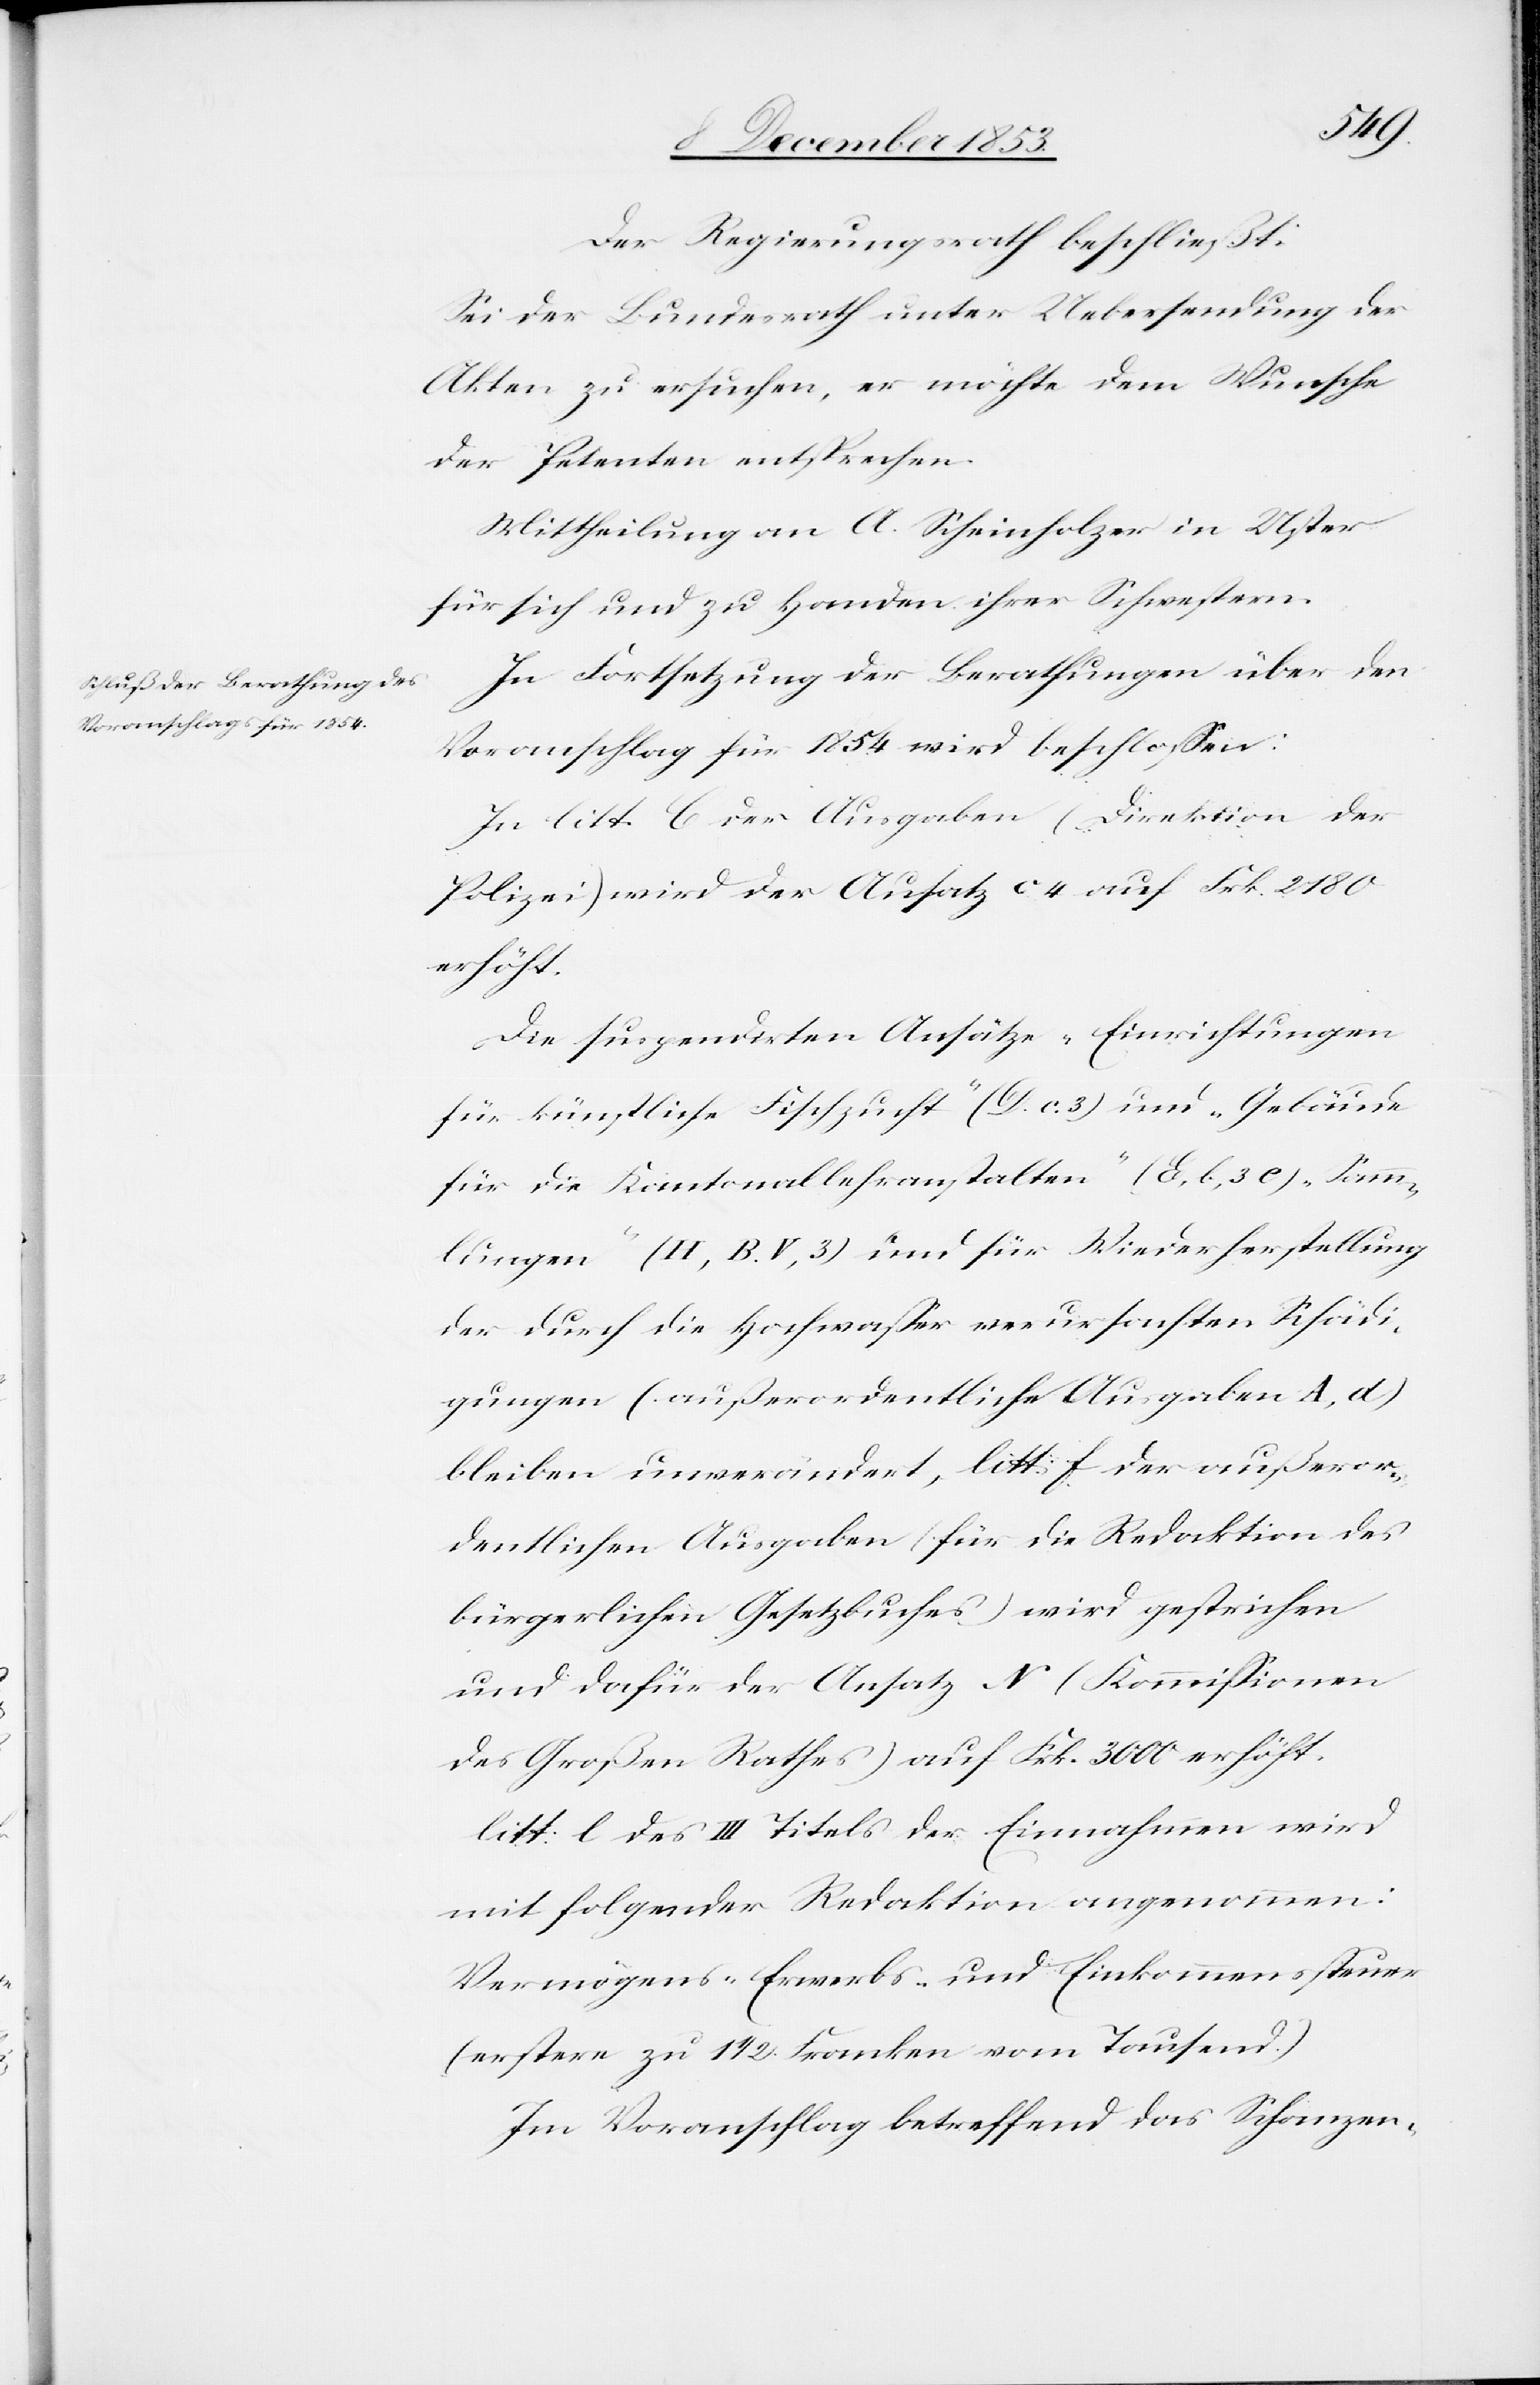
Der Regierungsrath beschließt:
Sei der Bundesrath unter Uebersendung der
Akten zu ersuchen, er möchte dem Wunsche
der Petenten entsprechen.
Mittheilung an A. Scheinholzer in Uster
für sich und zu Handen ihrer Schwestern.
In Fortsetzung der Berathungen über den
Voranschlag für 1854 wird beschloßen:
In litt. C der Ausgaben (Direktion der
Polizei) wird der Ausatz [sic!] c 4 auf Frk. 2180
erhöht.
Die suspendirten Ansätze „Errichtungen
für künstliche Fischzucht“ (D. c.3) und „Gebäude
für die Kantonallehranstalten“ (E, C, 3 e) „Samm¬
lungen“ (H, B. V, 3) und für Wiederherstellung
der durch die Hochwaßer verursachten Schädi¬
gungen (außerordentliche Ausgaben A, d)
bleiben unverändert, litt: f der außeror¬
dentlichen Ausgaben (für die Redaktion des
bürgerlichen Gesetzbuches) wird gestrichen
und dafür der Ansatz N (Kommißionen
des Großen Rathes) auf Frk. 3000 erhöht.
litt: l des III Titels der Einnahmen wird
mit folgender Redaktion angenommen:
Vermögens- Erwerbs- und Einkommenssteuer
(erstere zu 1 1/2 Franken vom Tausend)
Im Voranschlag betreffend das Schanzen-